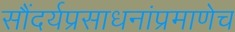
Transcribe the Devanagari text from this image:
सौंदर्यप्रसाधनांप्रमाणेच